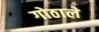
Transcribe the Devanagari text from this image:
गोठाले